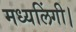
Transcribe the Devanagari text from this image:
मध्यलिंगी।